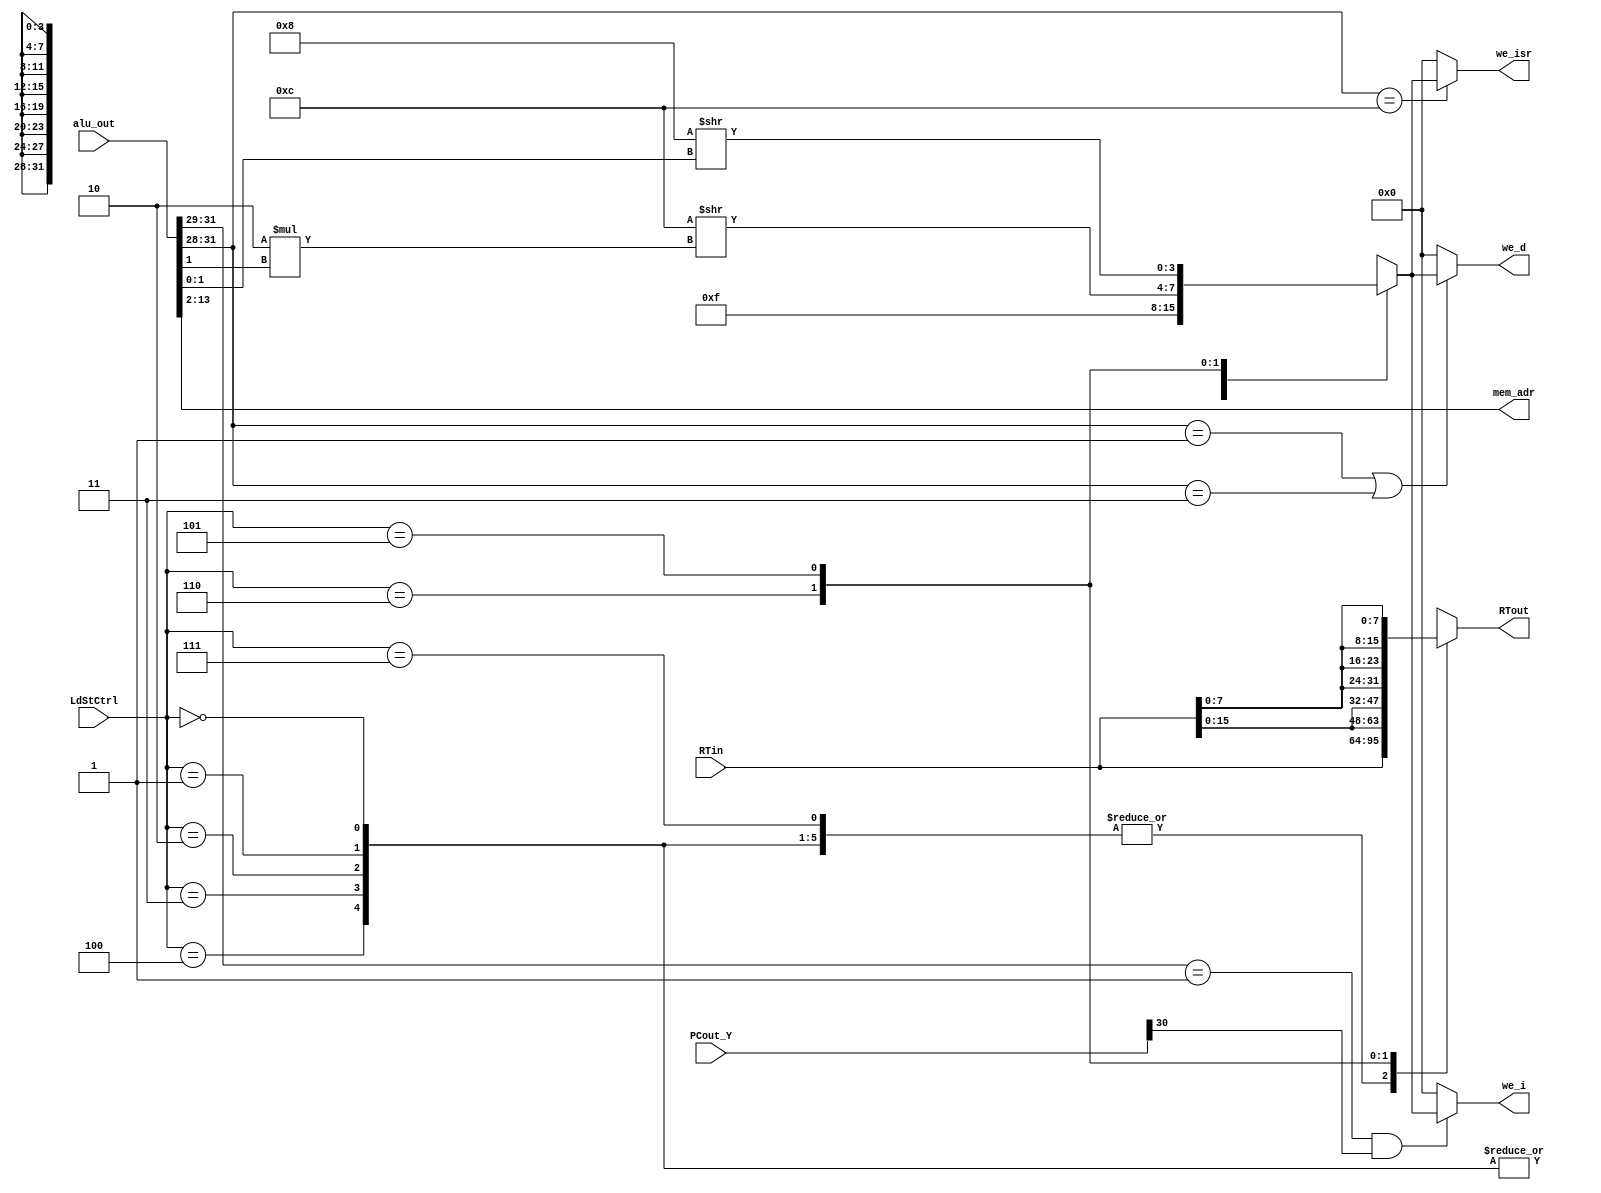
module AddressForMem (
	input[31:0] RTin,
	input[31:0] alu_out,
	input[2:0] LdStCtrl, //tells us what kind of load/store it is
	input[31:0] PCout_Y,
	output[11:0] mem_adr, //adress
	output reg [3:0] we_i,we_d, we_isr, 
	output reg [31:0] RTout
);

	reg [3:0] we;	
	assign mem_adr = alu_out[13:2];
	
	//align byte/hw/w for mem write, set wire enable bits
	always@(*) begin
		case(LdStCtrl)
			3'b000,3'b001,3'b010,3'b011,3'b100: //LB,LH,LW,LBU,LHU
				begin
					RTout = RTin;
					we = 4'b0000;
				end
			3'b111://SW
				begin
					we = 4'b1111;
					RTout = RTin;
				end
			3'b110://SH
				begin
					we = 4'b1100 >> 2*alu_out[1];
					RTout = {2{RTin[15:0]}};
					//RTout = RTin << 16 - 16*alu_out[1];
				end
			3'b101://SB
				begin
					we = 4'b1000 >> alu_out[1:0];
					RTout = {4{RTin[7:0]}}; 
					//RTout = RTin << 24 - 8*alu_out[1:0];
				end
		endcase	
	end
	//for imem/dmem writing
	always@(*) begin
		//icache
		if (alu_out[31:29] == 3'b001 & PCout_Y[30])
			we_i = we;
		else 
			we_i = 4'b0000;
		//dcache
		if (alu_out[31:28] == 4'b0001 | alu_out[31:28] == 4'b0011 )
			we_d = we;
		else 
			we_d = 4'b0000;
		//isr
		if (alu_out[31:28] == 4'b1100)
			we_isr = we;
		else 
			we_isr = 4'b0000;
	end
endmodule